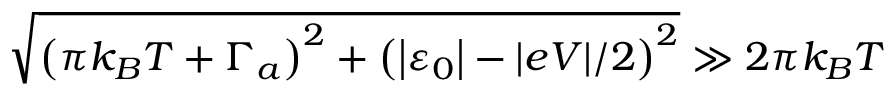
\sqrt { \left( \pi k _ { B } T + \Gamma _ { a } \right) ^ { 2 } + \left( \left\vert \varepsilon _ { 0 } \right\vert - \vert e V \vert / 2 \right) ^ { 2 } } \gg 2 \pi k _ { B } T